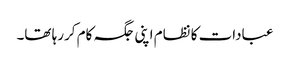
عبادات کا نظام اپنی جگہ کام کررہا تھا۔